Report on horse surra - Volume II, Part I
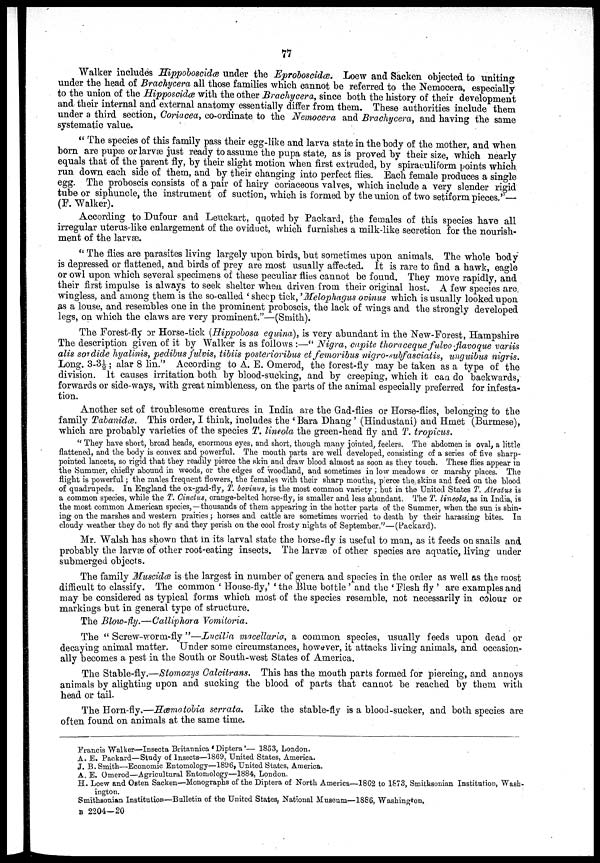
77
Walker includes Hippoboscidæ under the Eproboscidæ. Loew and Sacken objected to uniting
under the head of Brachycera all those families which cannot be referred to the Nemocera, especially
to the union of the Hipposcidæ with the other Brachycera, since both the history of their development
and their internal and external anatomy essentially differ from them. These authorities include them
under a third section, Coriacea, co-ordinate to the Nemocera and Brachycera, and having the same
systematic value.
"The species of this family pass their egg-like and larva state in the body of the mother, and when
born are pupæ or larvæ just ready to assume the pupa state, as is proved by their size, which nearly
equals that of the parent fly, by their slight motion when first extruded, by spiraculiform points which
run down each side of them, and by their changing into perfect flies. Each female produces a single
egg. The proboscis consists of a pair of hairy coriaceous valves, which include a very slender rigid
tube or siphuncle, the instrument of suction, which is formed by the union of two setiform pieces."—
(F. Walker).
According to Dufour and Leuckart, quoted by Packard, the females of this species have all
irregular uterus-like enlargement of the oviduct, which furnishes a milk-like secretion for the nourish-
ment of the larvæ.
" The flies are parasites living largely upon birds, but sometimes upon animals. The whole body
is depressed or flattened, and birds of prey are most usually affected. It is rare to find a hawk, eagle
or owl upon which several specimens of these peculiar flies cannot be found. They move rapidly, and
their first impulse is always to seek shelter when driven from their original host. A few species are
wingless, and among them is the so-called 'sheep tick,' Melophagus ovinus which is usually looked upon
as a louse, and resembles one in the prominent proboscis, the lack of wings and the strongly developed
legs, on which the claws are very prominent."—(Smith).
The Forest-fly or Horse-tick (Hippobosa equina), is very abundant in the New-Forest, Hampshire
The description given of it by Walker is as follows :—"Nigra, capite thoraceque fulvo flavoque variis
alis sordide hyalinis, pedibus fulvis, tibiis posterioribus et femoribus nigro-subfasciatis, unguibus nigris.
Long. 3-3½ ; alar 8 lin." According to A. E. Omerod, the forest-fly may be taken as a type of the
division. It causes irritation both by blood-sucking, and by creeping, which it can do backwards,
forwards or side-ways, with great nimbleness, on the parts of the animal especially preferred for infesta-
tion.
Another set of troublesome creatures in India are the Gad-flies or Horse-flies, belonging to the
family Tabanidæ. This order, I think, includes the 'Bara Dhang' (Hindustani) and Hmet (Burmese),
which are probably varieties of the species T. lineola the green-head fly and T. tropicus.
"They have short, broad heads, enormous eyes, and short, though many jointed, feelers. The abdomen is oval, a little
flattened, and the body is convex and powerful. The mouth parts are well developed, consisting of a series of five sharp-
pointed lancets, so rigid that they readily pierce the skin and draw blood almost as soon as they touch. These flies appear in
the Summer, chiefly abound in woods, or the edges of woodland, and sometimes in low meadows or marshy places. The
flight is powerful; the males frequent flowers, the females with their sharp mouths, pierce the skins and feed on the blood
of quadrupeds. In England the ox-gad-fly, T. bovinus, is the most common variety ; but in the United States T. Atratus is
a common species, while the T. Cinctus, orange-belted horse-fly, is smaller and less abundant. The T. lineola, as in India, is
the most common American species, —thousands of them appearing in the hotter parts of the Summer, when the sun is shin-
ing on the marshes and western prairies ; horses and cattle are sometimes worried to death by their harassing bites. In
cloudy weather they do not fly and they perish on the cool frosty nights of September.''—(Packard).
Mr. Walsh has shown that in its larval state the horse-fly is useful to man, as it feeds on snails and
probably the larvæ of other root-eating insects. The larvæ of other species are aquatic, living under
submerged objects.
The family Muscidæ is the largest in number of genera and species in the order as well as the most
difficult to classify. The common ' House-fly,' ' the Blue bottle ' and the ' Flesh fly ' are examples and
may be considered as typical forms which most of the species resemble, not necessarily in colour or
markings but in general type of structure.
The Blow-fly.—Calliphora Vomitoria.
The " Screw-worm-fly "—Lucilia macellaria, a common species, usually feeds upon dead or
decaying animal matter. Under some circumstances, however, it attacks living animals, and occasion-
ally becomes a pest in the South or South-west States of America.
The Stable-fly.—Stomoxys Calcitrans. This has the mouth parts formed for piercing, and annoys
animals by alighting upon and sucking the blood of parts that cannot be reached by them with
head or tail.
The Horn-fly.—Hæmatobia serrata. Like the stable-fly is a blood-sucker, and both species are
often found on animals at the same time.
Francis Walker—Insecta Britannica 'Diptera'— 1853, London.
A. E. Packard—Study of Insects—1869, United States, America.
J. B. Smith—Economic Entomology—1896, United States, America.
A. E. Omerod—Agricultural Entomology—1884, London.
H. Loew and Osten Sacken—Monographs of the Diptera of North America—1862 to 1873, Smithsonian Institution, Wash-
ington.
Smithsonian Institution—Bulletin of the United States, National Museum—1886, Washington.
B 2204-20